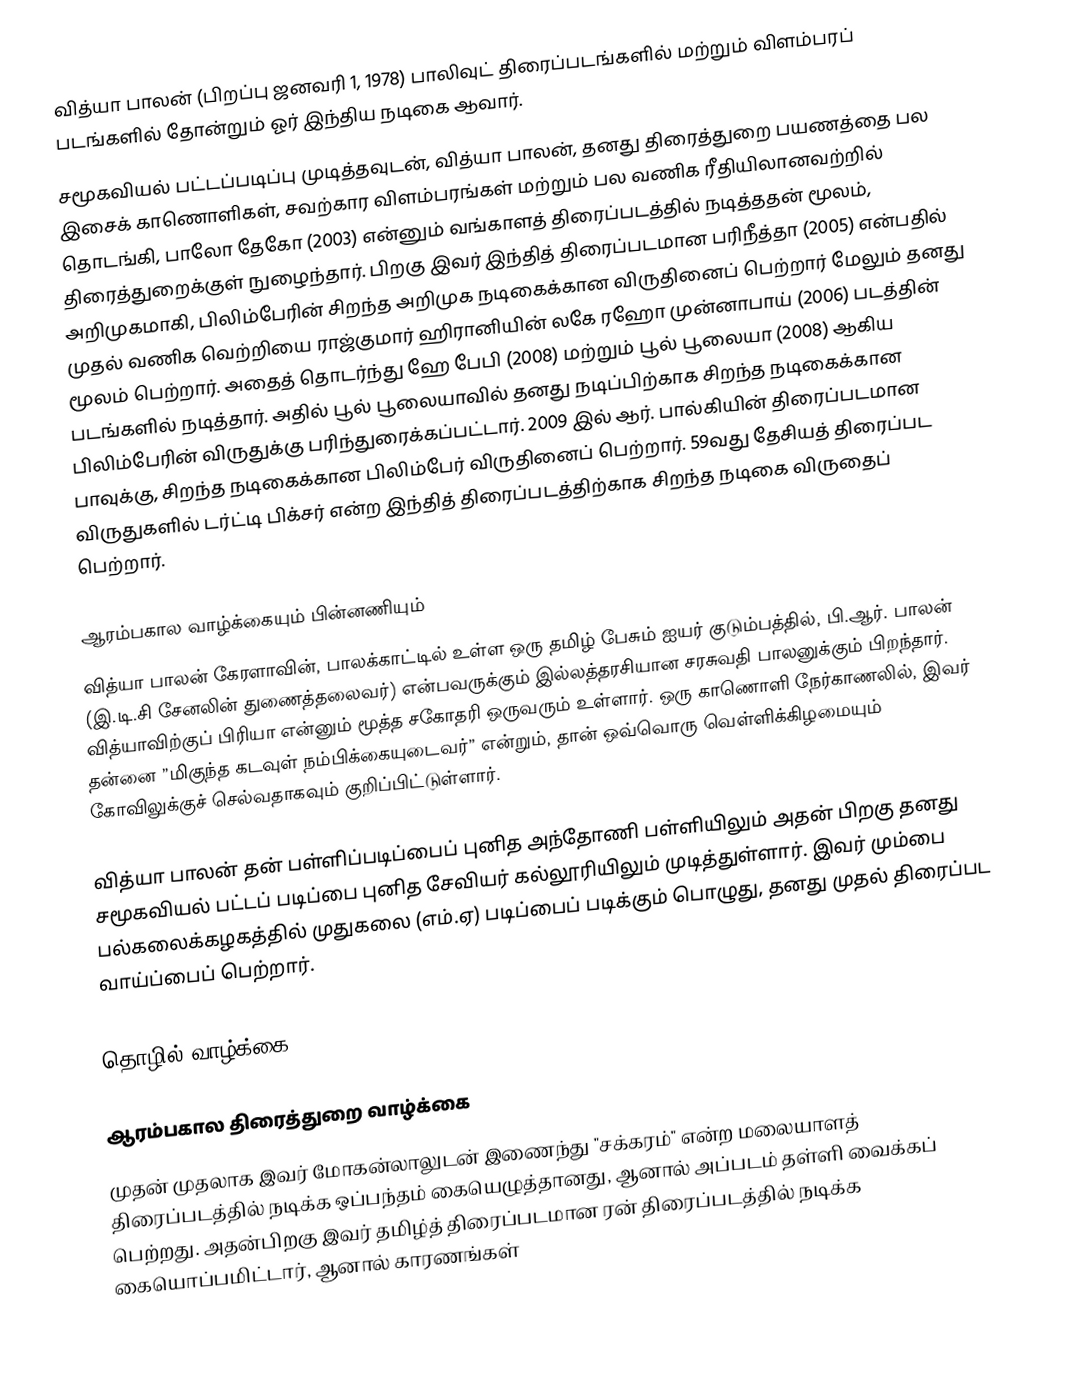
வித்யா பாலன்  (பிறப்பு ஜனவரி 1, 1978) பாலிவுட் திரைப்படங்களில் மற்றும் விளம்பரப் படங்களில் தோன்றும் ஓர் இந்திய நடிகை ஆவார்.
சமூகவியல் பட்டப்படிப்பு முடித்தவுடன், வித்யா பாலன், தனது திரைத்துறை பயணத்தை பல இசைக் காணொளிகள், சவற்கார விளம்பரங்கள் மற்றும் பல வணிக ரீதியிலானவற்றில் தொடங்கி, பாலோ தேகோ (2003) என்னும் வங்காளத் திரைப்படத்தில் நடித்ததன் மூலம், திரைத்துறைக்குள் நுழைந்தார். பிறகு இவர் இந்தித் திரைப்படமான பரிநீத்தா (2005) என்பதில் அறிமுகமாகி, பிலிம்பேரின் சிறந்த அறிமுக நடிகைக்கான விருதினைப் பெற்றார் மேலும் தனது முதல் வணிக வெற்றியை ராஜ்குமார் ஹிரானியின் லகே ரஹோ முன்னாபாய் (2006) படத்தின் மூலம் பெற்றார். அதைத் தொடர்ந்து ஹே பேபி (2008) மற்றும் பூல் பூலையா (2008) ஆகிய படங்களில் நடித்தார். அதில் பூல் பூலையாவில் தனது நடிப்பிற்காக சிறந்த நடிகைக்கான பிலிம்பேரின் விருதுக்கு பரிந்துரைக்கப்பட்டார். 2009 இல் ஆர். பால்கியின் திரைப்படமான பாவுக்கு, சிறந்த நடிகைக்கான பிலிம்பேர் விருதினைப் பெற்றார். 59வது தேசியத் திரைப்பட விருதுகளில் டர்ட்டி பிக்சர் என்ற இந்தித் திரைப்படத்திற்காக  சிறந்த நடிகை விருதைப் பெற்றார்.

ஆரம்பகால வாழ்க்கையும் பின்னணியும்
வித்யா பாலன் கேரளாவின், பாலக்காட்டில் உள்ள ஒரு தமிழ் பேசும் ஐயர் குடும்பத்தில், பி.ஆர். பாலன் (இ.டி.சி சேனலின் துணைத்தலைவர்) என்பவருக்கும் இல்லத்தரசியான சரசுவதி பாலனுக்கும் பிறந்தார். வித்யாவிற்குப்  பிரியா என்னும் மூத்த சகோதரி ஒருவரும் உள்ளார். ஒரு காணொளி நேர்காணலில், இவர்  தன்னை ”மிகுந்த கடவுள் நம்பிக்கையுடைவர்” என்றும், தான் ஒவ்வொரு வெள்ளிக்கிழமையும் கோவிலுக்குச்  செல்வதாகவும் குறிப்பிட்டுள்ளார்.

வித்யா பாலன் தன் பள்ளிப்படிப்பைப்  புனித அந்தோணி பள்ளியிலும் அதன் பிறகு தனது சமூகவியல் பட்டப் படிப்பை புனித சேவியர் கல்லூரியிலும் முடித்துள்ளார். இவர் மும்பை பல்கலைக்கழகத்தில் முதுகலை (எம்.ஏ) படிப்பைப் படிக்கும் பொழுது, தனது முதல் திரைப்பட வாய்ப்பைப் பெற்றார்.

தொழில் வாழ்க்கை

ஆரம்பகால திரைத்துறை வாழ்க்கை
முதன் முதலாக இவர் மோகன்லாலுடன் இணைந்து "சக்கரம்" என்ற மலையாளத் திரைப்படத்தில் நடிக்க ஒப்பந்தம் கையெழுத்தானது, ஆனால் அப்படம் தள்ளி வைக்கப் பெற்றது. அதன்பிறகு இவர் தமிழ்த் திரைப்படமான ரன் திரைப்படத்தில் நடிக்க கையொப்பமிட்டார், ஆனால் காரணங்கள்